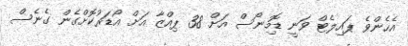
އެހެންވެ ޕައިލެޓް ވަނީ ޑޮމިނޯސް އަށް 38 ޕިއްޒާ އަށް އޯޑަރުކޮށްގެން ގެނެސް